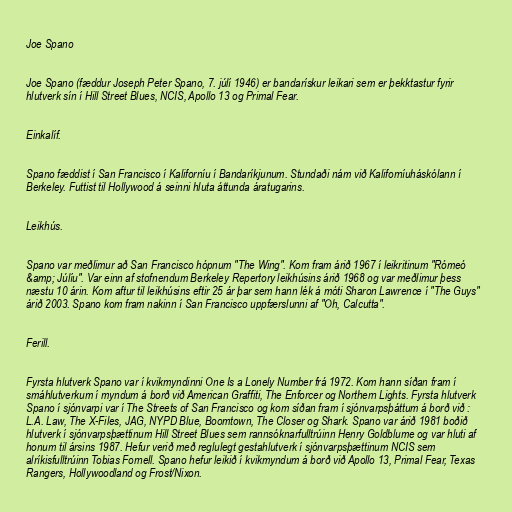
Joe Spano

Joe Spano (fæddur Joseph Peter Spano, 7. júlí 1946) er bandarískur leikari sem er þekktastur fyrir
hlutverk sín í Hill Street Blues, NCIS, Apollo 13 og Primal Fear.

Einkalíf.

Spano fæddist í San Francisco í Kaliforníu í Bandaríkjunum. Stundaði nám við Kaliforníuháskólann í
Berkeley. Futtist til Hollywood á seinni hluta áttunda áratugarins.

Leikhús.

Spano var meðlimur að San Francisco hópnum "The Wing". Kom fram árið 1967 í leikritinum "Rómeó
&amp; Júlíu". Var einn af stofnendum Berkeley Repertory leikhúsins árið 1968 og var meðlimur þess
næstu 10 árin. Kom aftur til leikhúsins eftir 25 ár þar sem hann lék á móti Sharon Lawrence í "The Guys"
árið 2003. Spano kom fram nakinn í San Francisco uppfærslunni af "Oh, Calcutta".

Ferill.

Fyrsta hlutverk Spano var í kvikmyndinni One Is a Lonely Number frá 1972. Kom hann síðan fram í
smáhlutverkum í myndum á borð við American Graffiti, The Enforcer og Northern Lights. Fyrsta hlutverk
Spano í sjónvarpi var í The Streets of San Francisco og kom síðan fram í sjónvarpsþáttum á borð við :
L.A. Law, The X-Files, JAG, NYPD Blue, Boomtown, The Closer og Shark. Spano var árið 1981 boðið
hlutverk í sjónvarpsþættinum Hill Street Blues sem rannsóknarfulltrúinn Henry Goldblume og var hluti af
honum til ársins 1987. Hefur verið með reglulegt gestahlutverk í sjónvarpsþættinum NCIS sem
alríkisfulltrúinn Tobias Fornell. Spano hefur leikið í kvikmyndum á borð við Apollo 13, Primal Fear, Texas
Rangers, Hollywoodland og Frost/Nixon.